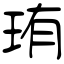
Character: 珛